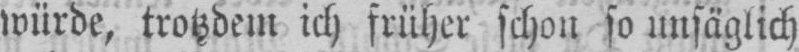
würde, trotzdem ich früher schon so unsäglich